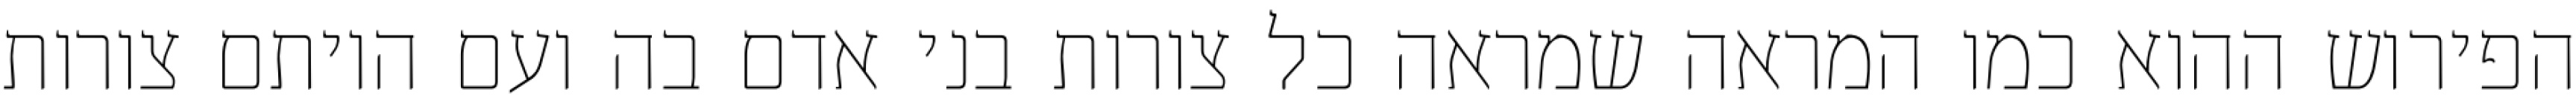
הפירוש ההוא כמו המראה שמראה כל צורות בני אדם בה ועם היותם צורות